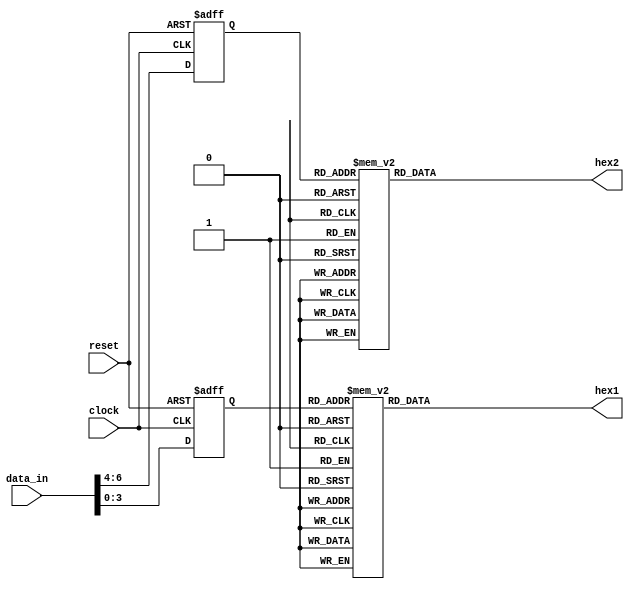
module seven_segment_decoder_rx(
    input wire clock,     // System clock
    input wire reset,     // Reset signal
    input wire [6:0] data_in, // 8-bit input data for hex display
    output reg [6:0] hex1,    // 7-segment display output for tens place
    output reg [6:0] hex2     // 7-segment display output for ones place
);

reg [2:0] internal_data_tens;  // Data for tens place
reg [3:0] internal_data_ones;  // Data for ones place

always @(posedge clock or negedge reset) begin
    if (~reset) begin
        internal_data_tens <= 3'b000;
        internal_data_ones <= 4'b0000;
    end
    else begin
        internal_data_tens <= data_in[6:4]; // Taking the higher 4 bits
        internal_data_ones <= data_in[3:0]; // Taking the lower 4 bits
    end
end

// Decoding logic for tens place
always @(* )begin
    case(internal_data_ones)
        4'b0000: hex1 = 7'b1000000; // Display 0
        4'b0001: hex1 = 7'b1111001; // Display 1
        4'b0010: hex1 = 7'b0100100; // Display 2
        4'b0011: hex1 = 7'b0110000; // Display 3
        4'b0100: hex1 = 7'b0011001; // Display 4
        4'b0101: hex1 = 7'b0010010; // Display 5
        4'b0110: hex1 = 7'b0000010; // Display 6
        4'b0111: hex1 = 7'b1111000; // Display 7
		  
		  4'b1000: hex1 = 7'b0000000; // 8
        4'b1001: hex1 = 7'b0010000; // 9
        4'b1010: hex1 = 7'b0001000; // A
        4'b1011: hex1 = 7'b0000011; // B
        4'b1100: hex1 = 7'b1000110; // C
        4'b1101: hex1 = 7'b0100001; // D
        4'b1110: hex1 = 7'b0000110; // E
        4'b1111: hex1 = 7'b0001110; // F
		  
		  
        default: hex1 = 7'b1111111; // Default, all segments off
    endcase
end

// Decoding logic for ones place
always @(* )begin
    case(internal_data_tens)
        3'b0000: hex2 = 7'b1000000; // Display 0
        3'b0001: hex2 = 7'b1111001; // Display 1
        3'b0010: hex2 = 7'b0100100; // Display 2
        3'b0011: hex2 = 7'b0110000; // Display 3
        3'b0100: hex2 = 7'b0011001; // Display 4
        3'b0101: hex2 = 7'b0010010; // Display 5
        3'b0110: hex2 = 7'b0000010; // Display 6
        3'b0111: hex2 = 7'b1111000; // Display 7
        default: hex2 = 7'b1111111; // Default, all segments off
    endcase
end

endmodule